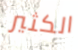
الكثير